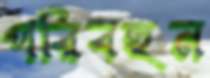
পরিবহন